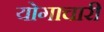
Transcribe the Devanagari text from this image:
योगाचारी